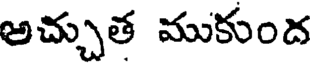
అచ్చుత ముకుంద